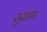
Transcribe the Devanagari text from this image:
सुरताण